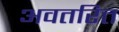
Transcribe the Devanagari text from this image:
अवतरित